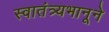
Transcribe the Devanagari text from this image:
स्वातंत्र्यभानूने